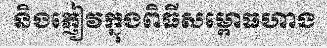
និងភ្ញៀវក្នុងពិធីសម្ពោធហាង